Leaving Certificate Examination, 1916
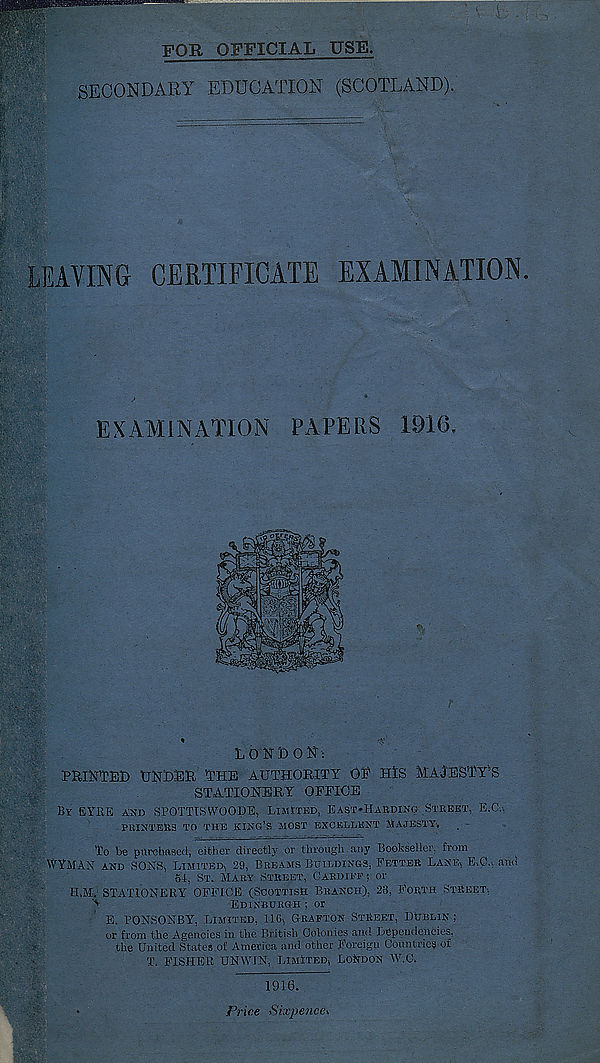
POE OFFICIAL USE.
SECONDARY EDUCATION (SCOTLAND).
LEAVING CERTIFICATE EXAMINATION.
EXAMINATION PAPERS 1910.
LONDON:
PRINTED UNDER THE AUTHORITY OE HlS MAJESTY’S
STATIONERY OFFICE
Br EYRE AND SPOTTISWOODE, LIMITED, EAST'HABDING STREET, E.C.V
PRINTERS TO THE KING’S .MOST EXCELLENT AlAJESTY,
To be purchased, either directly or through any Bookseller, from
WYMAN AND SONS, LIMITED, 29, BREAMS BUILDINGS, FETTER LANE, EX ., and
61, ST. MARY STREET, CARDIFF; or
H,M. STATIONERY OFFICE (SCOTTISH BRANCH), 28, FORTH STREET,
>
EDINBURGH ; or
E. PONSONBY, LIMITED, 116, GRAFTON STREET, DUBLIN ;
or from the Agencies in the British Colonics and Dependencies,
the United States of America and other Foreign Countries of
T. FISHER UNWIN, LIMITED, LONDON W.C.
1916.
Price Sixpence*,